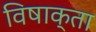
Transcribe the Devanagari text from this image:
विषाक्ता